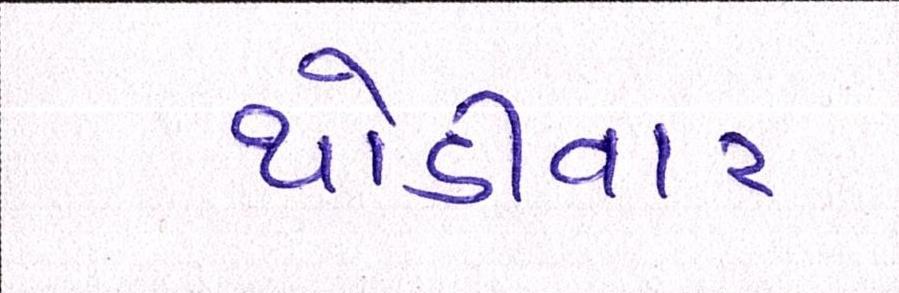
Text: થોડીવાર